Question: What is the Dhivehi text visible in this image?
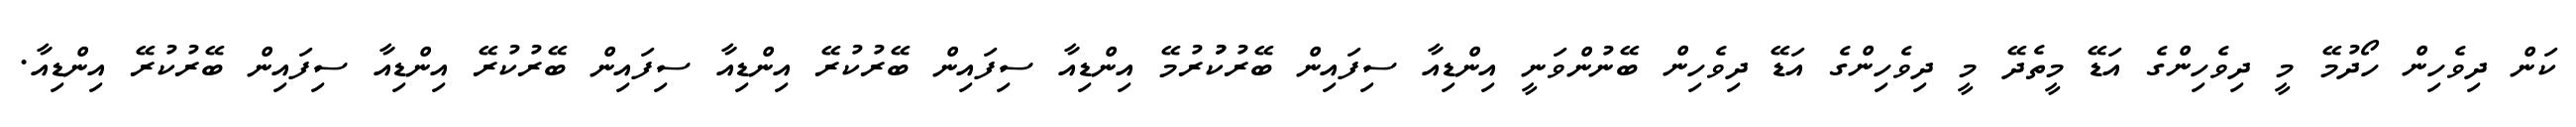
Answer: ކަން ދިވެހިން ހޯދުމޭ މީ ދިވެހިންގެ އަޑޭ މީތެދޭ މީ ދިވެހިންގެ އަޑޭ ދިވެހިން ބޭނުންވަނީ އިންޑިއާ ސިފައިން ބޭރުކުުރުމޭ އިންޑިއާ ސިފައިން ބޭރުކުރޭ އިންޑިއާ ސިފައިން ބޭރުކުރޭ އިންޑިއާ ސިފައިން ބޭރުކުރޭ އިންޑިއާ.